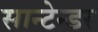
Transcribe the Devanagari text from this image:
सान्टेन्डर